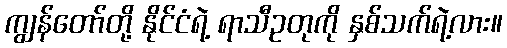
ကျွန်တော်တို့ နိုင်ငံရဲ့ ရာသီဥတုကို နှစ်သက်ရဲ့လား။